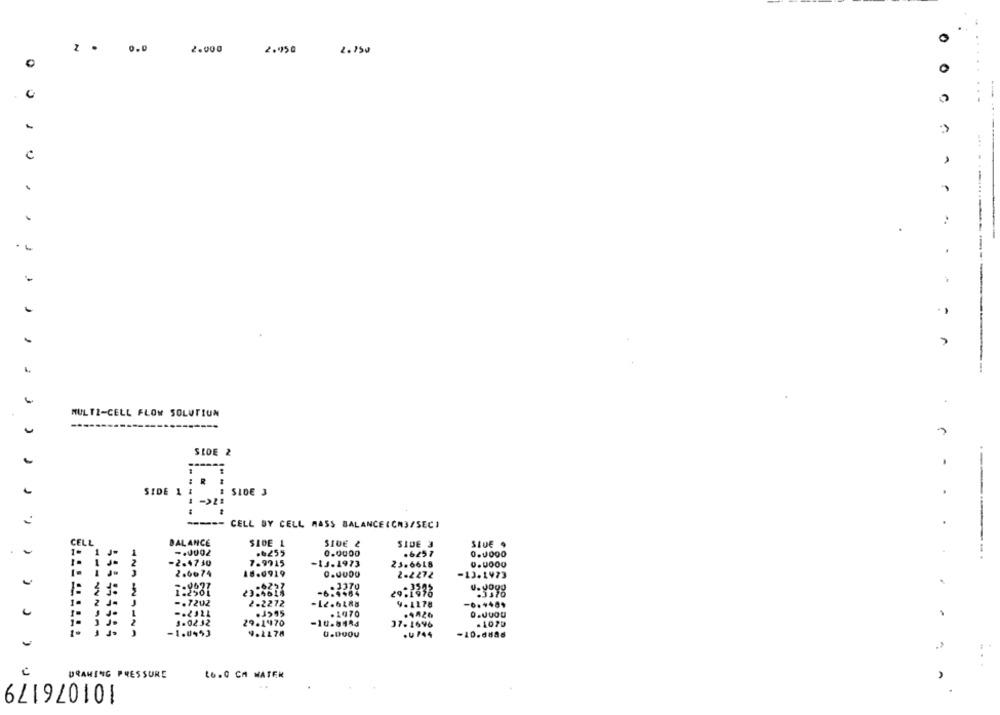
z .
0.0
2.000
2.950
2.750
0
0
...
C
.
MULTI-CELL FLOW SOLUTION
SIDE 2
SIDE 1 1
SIDE 3
=====- CELL BY CELL MASS BALANCEICH3/SEC)
CELL
BALANCE
SIDE 1
SIDE 2
SIDE 3
SIDE
- 1 J-
.6255
0.0000
.6257
-------.
-2.4740
7.9715
-1J.1973
23.6618
2.0674
48.0919
2.2272
-13.1973
1:2931
23.4618
-6.9484
29.1876
.3376
-. 7202
2.2272
-12.6188
9.1178
-6.+48+
.1970
.4426
3.0232
29.1 170
-10.8154
37.1696
. 1070
-1.0453
9.2278
.4 /44
-10.4885
DRAWING PRESSURE
101076179
16.0 CM WATER
A